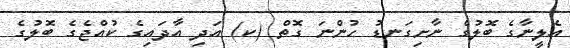
އެލީނާގެ ބޮލުގެ ނާށިގަނޑު ހުންނަ ގޮތް (ކ) އަދި އާދައިގެ ކުއްޖެގެ ބޮލުގެ